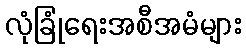
လုံခြုံရေးအစီအမံများ